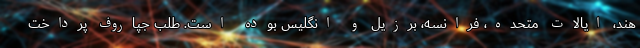
هند، ایالات متحده، فرانسه، برزیل و انگلیس بوده است. طلب جپاروف پرداخت